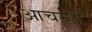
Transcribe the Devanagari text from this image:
आचरली